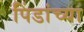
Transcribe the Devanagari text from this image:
पिंडांच्या